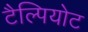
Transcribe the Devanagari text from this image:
टैल्पियोट